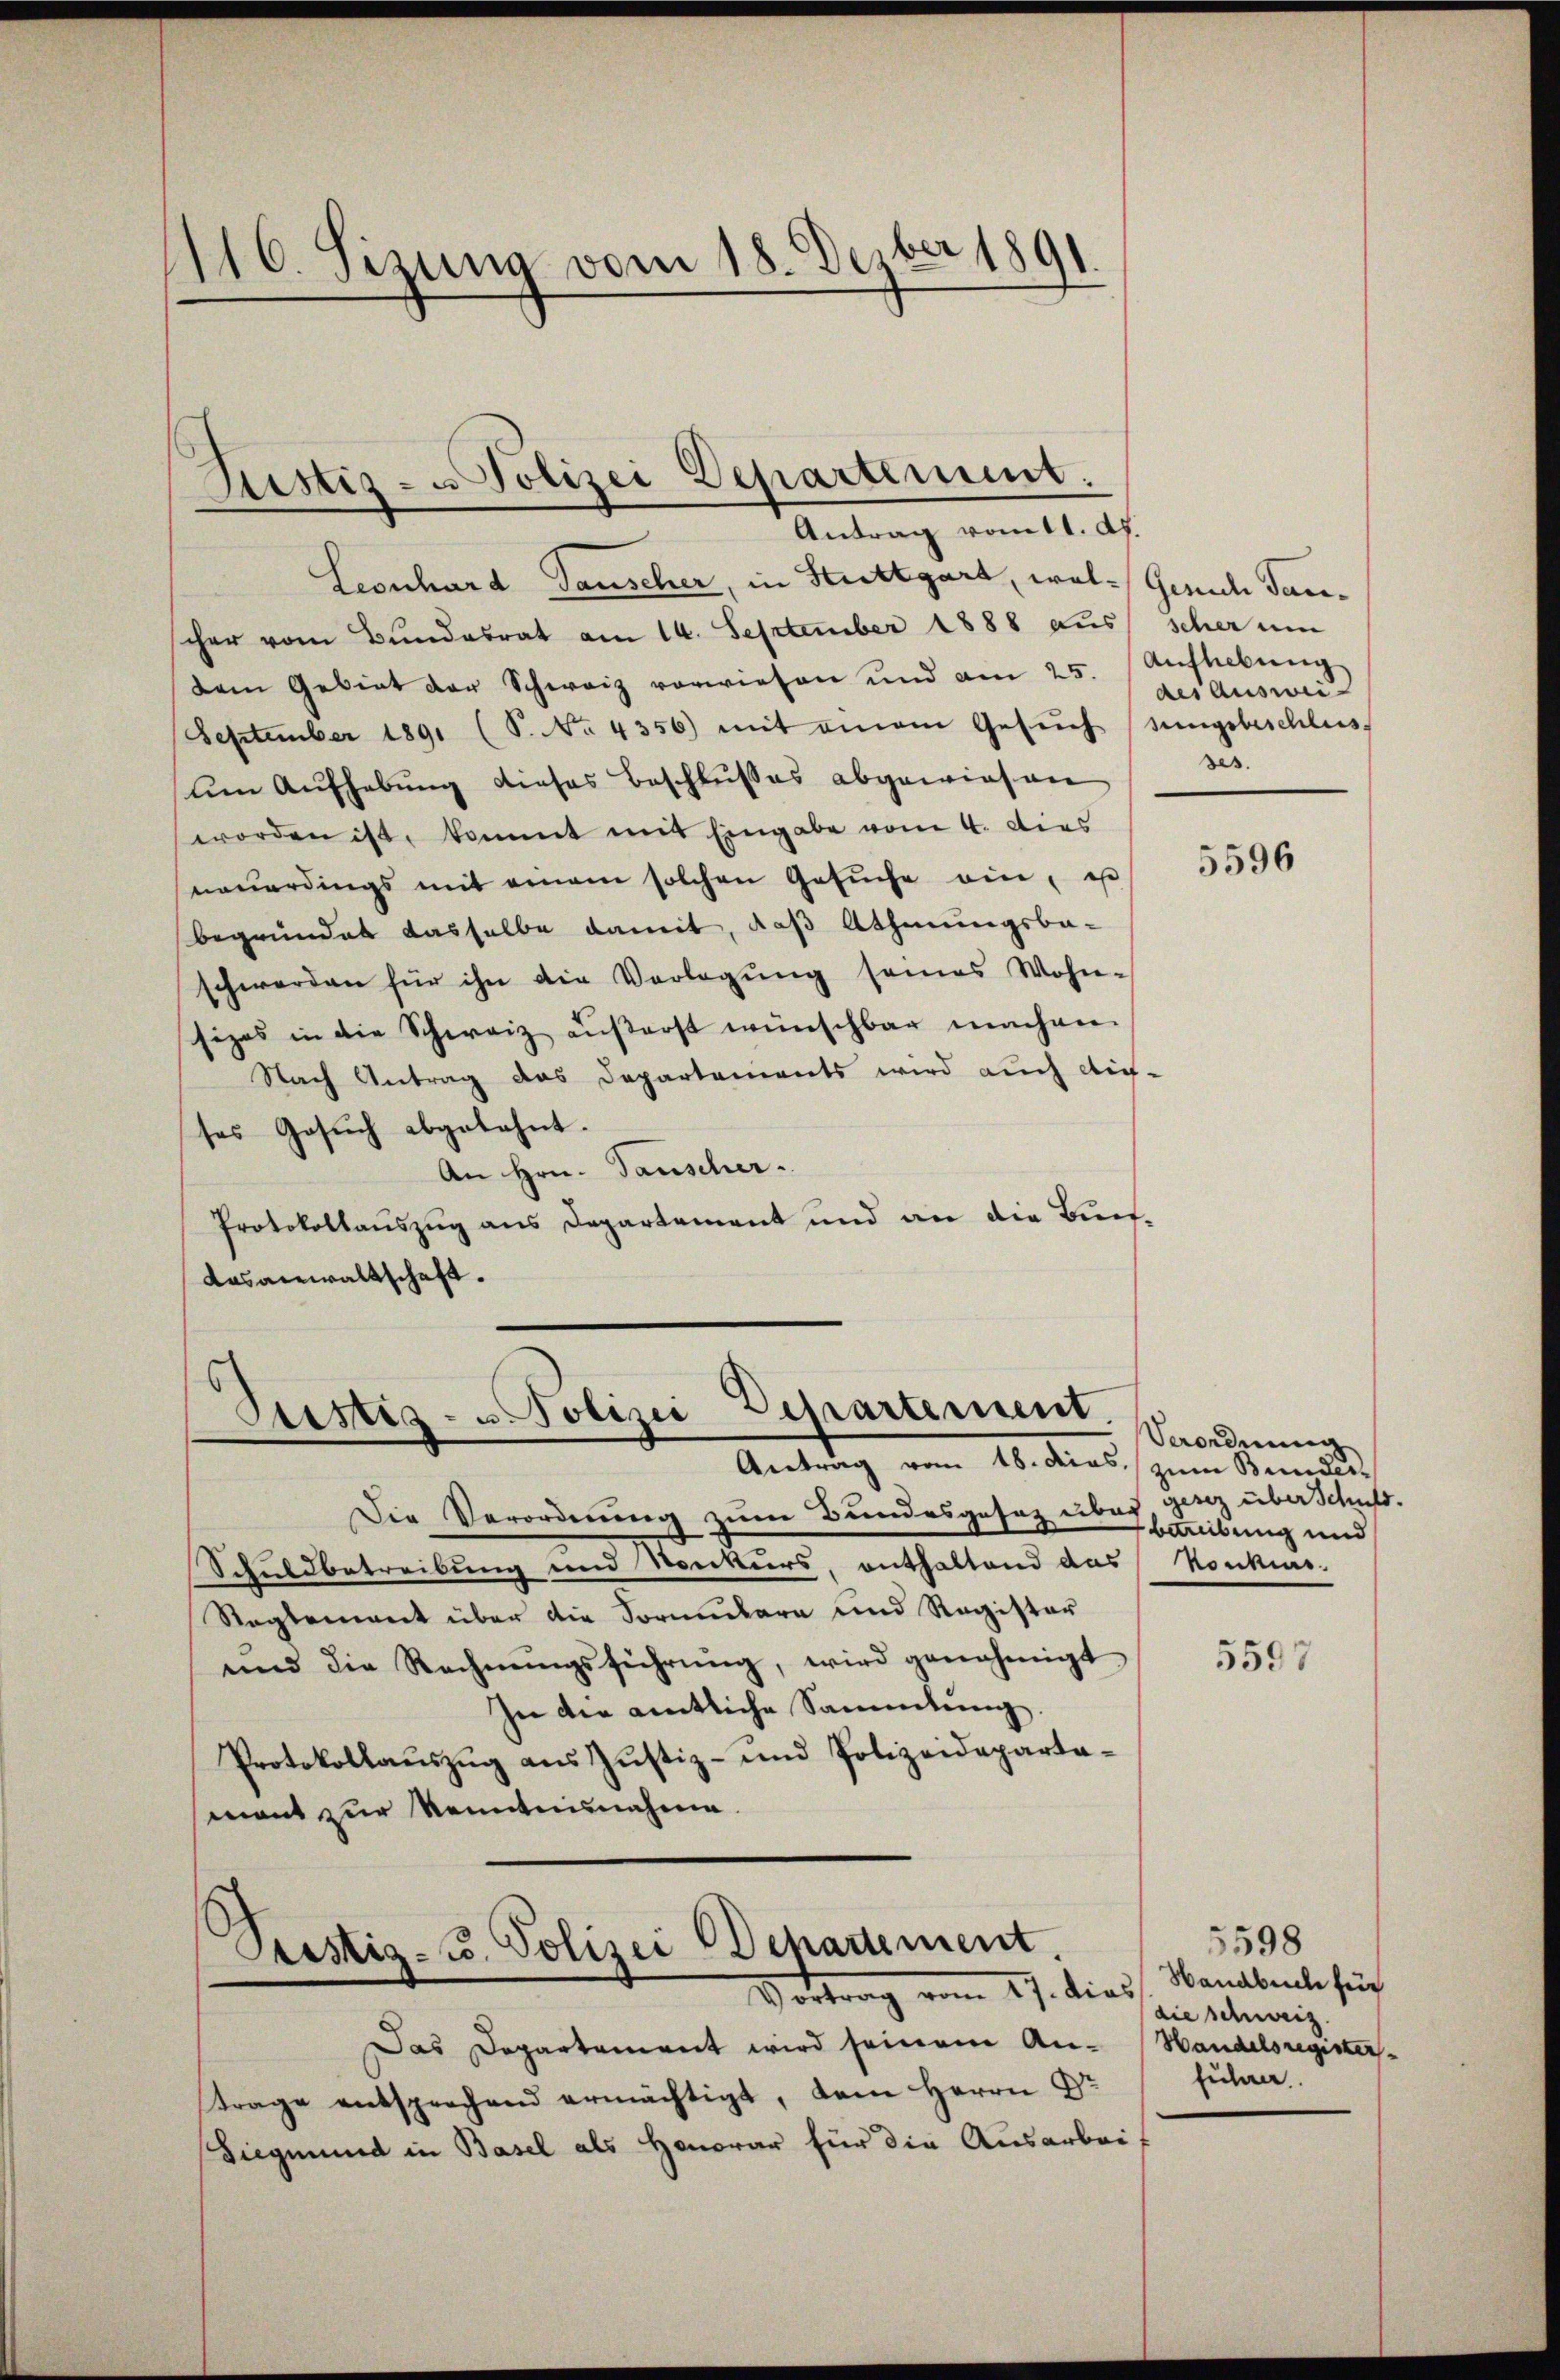
1116. Sizung vom 18. Deber 1891
.
.

Justiz- u Polizei Departement.
Antrag vom 11. dh.

Leonhard Tauscher, in Stuttgart, wel-Gerich Tanscher vom Bundesrat am 14. September 1888 aus scher um
dem Gebiet der Schweiz vorwiesen und am 25. Aŭfhebŭng
September 1891 (S. No. 4356) mit einem Gesŭch sungsbeschluss.
um Aufhebung dieses Beschlusses abgewiesen
worden ist, kommt mit Eingabe vom 4. dies
neuerdings mit einem solchen Gesŭche ein, es
begründet dasselbe damit, daß Athmungsbe-
schwerden für ihn die Verlegŭng seines Wohn-
hizes in die Schweiz äußerst wünschbar machen.
Nach Antrag das Departements wird auch die-
ses Gesŭch abgelehnt.
An Hrn. Tauscher.
Protokollauszug aus Departement und an die Buchdasanwaltschaft.

Puestes- u Polizei Departement.
Antrag vom 18. dies. Bunder

Die Verordnung zum Bundesgesetz über genz über Schuld.
Schuldbetreibung und Konkurs, enthaltend das Konkurs-
Reglement über die Sormulara und Register
und die Rechnŭngsführŭng, wird genehmigt
In die amtliche Sammlung.
Protokollaŭszŭg ans Justiz- und Polizeideparta-
mant zur Kenntnisnahme

Peestig- u. Polizei Departement.
Vortrag vom 27. dies, Handbeute sich

Das Departement wird seinem An- Handelsregistertrage entsprechend ermächtigt, dem Herrn Dr
Diegmund in Basel als Honorar für die Ausarbei

des Ausweises.

5596

Verordnung
betreibung und

5597

5598
die schweiz.
führe